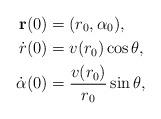
LaTeX: \begin{align*}\textbf{r}(0) &= (r_0, \alpha_0),\\\dot r(0) &= v(r_0)\cos\theta,\\\dot\alpha(0) &= \frac{v(r_0)}{r_0} \sin\theta,\end{align*}